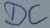
Text: DC